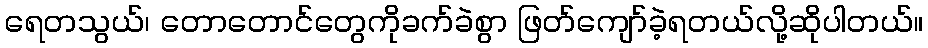
ရေတသွယ်၊ တောတောင်တွေကိုခက်ခဲစွာ ဖြတ်ကျော်ခဲ့ရတယ်လို့ဆိုပါတယ်။